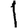
Digit: 1